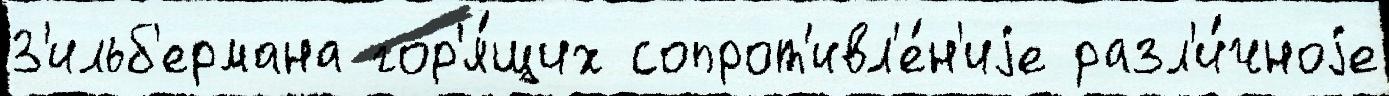
З'ильб'ермана гор'я́щих сопрот'ивл'е́н'иjе разл'и́чноjе